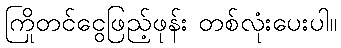
ကြိုတင်ငွေဖြည့်ဖုန်း တစ်လုံးပေးပါ။